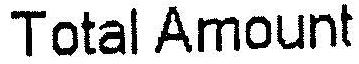
TOTAL AMOUNT